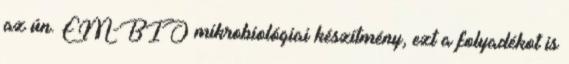
az ún. EM-BIO mikrobiológiai készítmény, ezt a folyadékot is